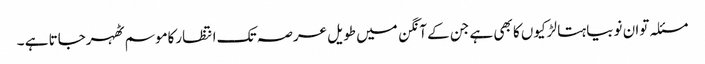
مسئلہ توان نوبیاہتا لڑکیوں کا بھی ہے جن کے آنگن میں طویل عرصہ تک انتظارکاموسم ٹھہرجاتا ہے ۔